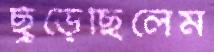
ছুঁড়েছিলেম